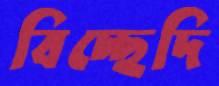
বিচ্ছেদি